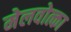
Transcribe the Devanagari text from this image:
मेलवोत्का